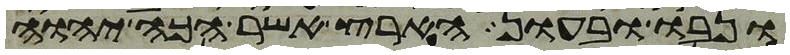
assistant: ונבו ובעון הארץ אשר הכה יהוה